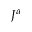
J ^ { \alpha }